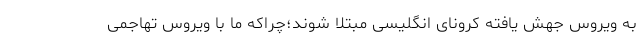
به ویروس جهش یافته کرونای انگلیسی مبتلا شوند؛چراکه ما با ویروس تهاجمی